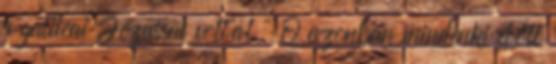
a galileai Jézussal voltál '' Ő azonban mindenki előtt